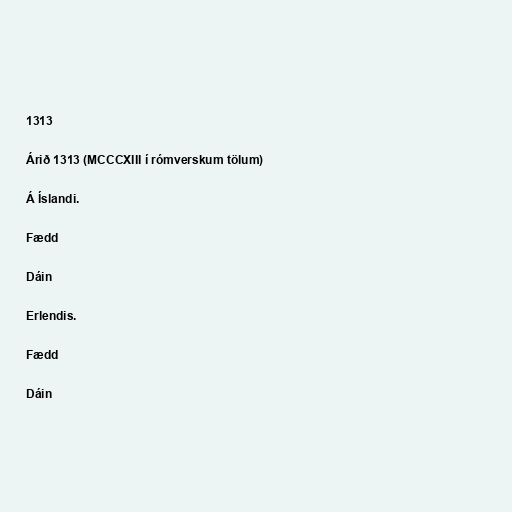
1313

Árið 1313 (MCCCXIII í rómverskum tölum)

Á Íslandi.

Fædd

Dáin

Erlendis.

Fædd

Dáin